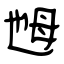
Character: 乸